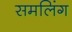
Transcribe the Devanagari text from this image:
समलिंग